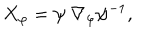
LaTeX: X _ { \varphi } = \psi \ \nabla _ { \varphi } \psi ^ { - 1 } ,